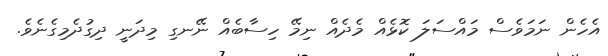
އެހެން ނަމަވެސް މައްސަލަ ކޮޅެއް މެދެއް ނިމޭ ހިސާބެއް ނޭނގި މިދަނީ ދިގުދެމިގެނެވެ.